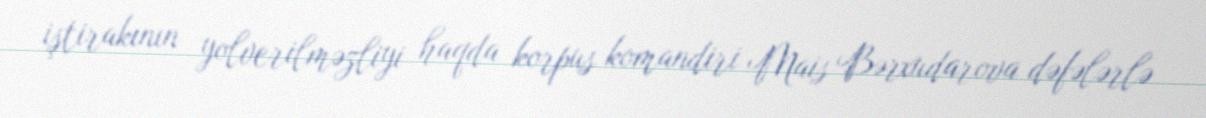
iştirakının yolverilməzliyi haqda korpus komandiri Mais Bərxudarova dəfələrlə